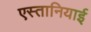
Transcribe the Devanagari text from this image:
एस्तानियाई